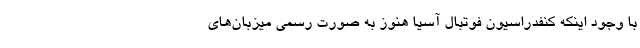
با وجود اینکه کنفدراسیون فوتبال آسیا هنوز به صورت رسمی میزبان‌های